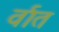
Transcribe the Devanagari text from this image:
र्वात